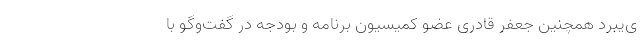
ی‌یبرد همچنین جعفر قادری عضو کمیسیون برنامه و بودجه در گفت‌وگو با